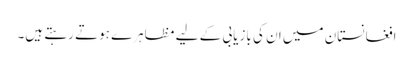
افغانستان میں ان کی بازیابی کے لیے مظاہرے ہوتے رہتے ہیں۔